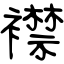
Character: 襟